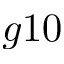
g 1 0